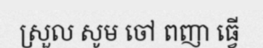
ស្រួល សូម ចៅ ពញា ធ្វើ